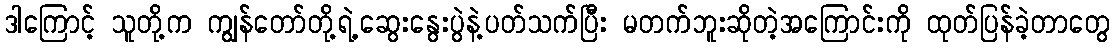
ဒါကြောင့် သူတို့က ကျွန်တော်တို့ရဲ့ဆွေးနွေးပွဲနဲ့ပတ်သက်ပြီး မတက်ဘူးဆိုတဲ့အကြောင်းကို ထုတ်ပြန်ခဲ့တာတွေ